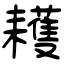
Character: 耯